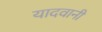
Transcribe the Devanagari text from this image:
यादवानी